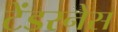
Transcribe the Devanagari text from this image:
टेंडरनेस